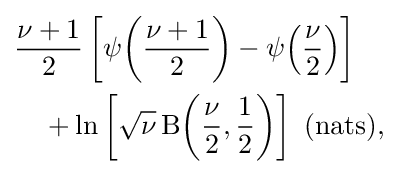
{\begin{aligned}&{\frac {\nu +1}{2}}\left[\psi {\left({\frac {\nu +1}{2}}\right)}-\psi {\left({\frac {\nu }{2}}\right)}\right]\\&\quad +\ln \left[{\sqrt {\nu }}\,\mathrm {B} {\left({\frac {\nu }{2}},{\frac {1}{2}}\right)}\right]~{\text{(nats)}},\end{aligned}}